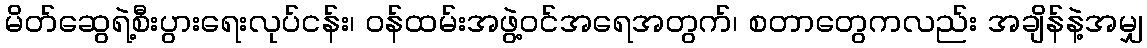
မိတ်ဆွေရဲ့စီးပွားရေးလုပ်ငန်း၊ ဝန်ထမ်းအဖွဲ့ဝင်အရေအတွက်၊ စတာတွေကလည်း အချိန်နဲ့အမျှ